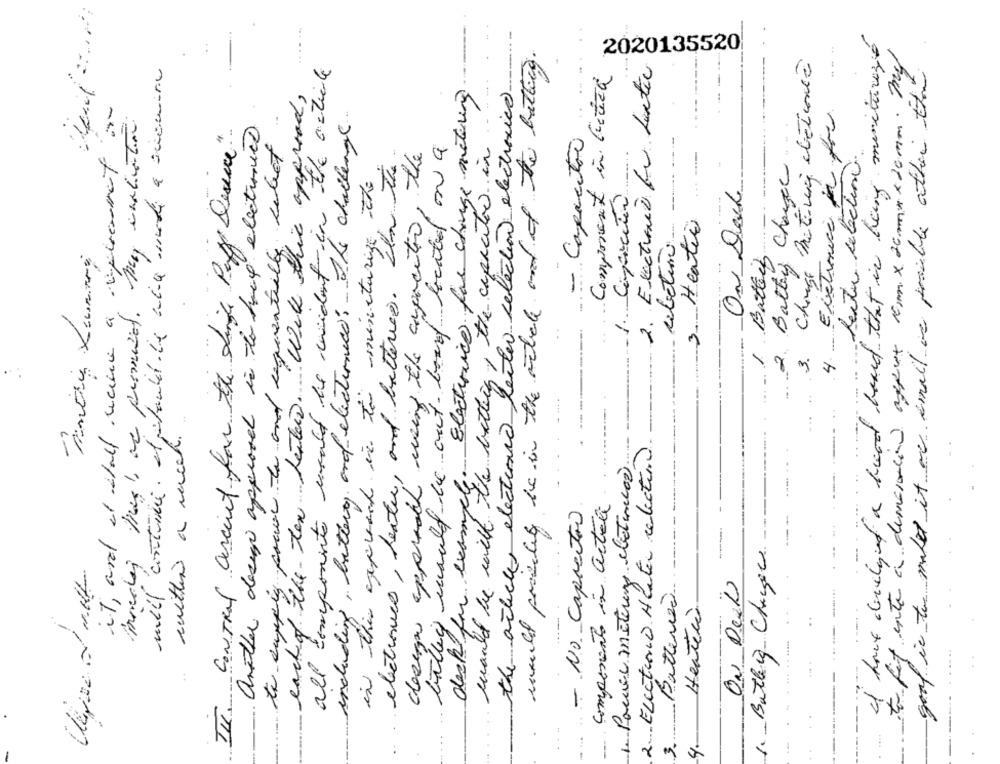
I have derelyef a bond band that is being minitureze
would prosely be in the article and of the battery.
to fit ente à demander agput cmm x 26x x 20mm. my
2020135520
2. Exectronic de Leite
meil contante . et restante Le mie made a suamine
all componente would be cident in the article
Ballen Butiving detance
goal is to make it are email as possible ather the
Component in. Cerca
each of the ten heaters."With this approad,
Electronica for change metering
the articles elections leiter selection electronics
including, butter, orof electronics, The challenge
Eletronica de fri
another design approved is to have electronics
CONTROL ancient for the Linge Paff Device "
to supply pour to and sequentially webet
- Capacitor
chance
leite selection
tallin would be out- long beatel on a
would be with the bathing, the capacitor in
electronics, heate, and batteries. In the
design approach using the anpocitin, the
in this expres in to miniturige the
---
On Deck
3. Heater
rebetim
1 Battery
Change
it, and et shall receive a
2.1
.4 .-
3.
within a much.
2. Electione Acute relection
deck for example:
componentes is artal
- No. Capacitas
1. Bathing Change
ON Deck
Batteria
Henter
3.
1